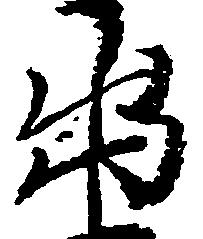
出